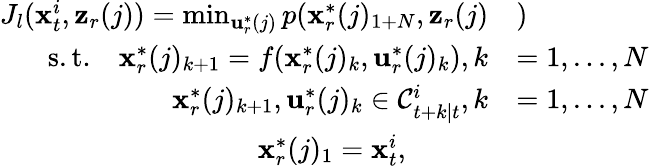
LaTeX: \begin{array}{rl}{J_{l}(\mathbf{x}_{t}^{i},\mathbf{z}_{r}(j))=\operatorname*{min}_{{\mathbf{u}}_{r}^{*}(j)}p(\mathbf{x}_{r}^{*}(j)_{1+N},\mathbf{z}_{r}(j)}&{)}\\ {\mathrm{s.t.}\quad\mathbf{x}_{r}^{*}(j)_{k+1}=f(\mathbf{x}_{r}^{*}(j)_{k},\mathbf{u}_{r}^{*}(j)_{k}),k}&{=1,...,N}\\ {\mathbf{x}_{r}^{*}(j)_{k+1},\mathbf{u}_{r}^{*}(j)_{k}\in\mathcal{C}_{t+k|t}^{i},k}&{=1,...,N}\\ {\mathbf{x}_{r}^{*}(j)_{1}=\mathbf{x}_{t}^{i},~~~~~~~~~~~}&{}\end{array}